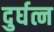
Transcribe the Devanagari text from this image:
दुर्घत्न